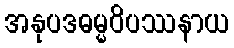
အနုပဒဓမ္မဝိပဿနာယ